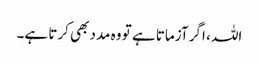
اللہ ، اگر آزماتا ہے تو وہ مدد بھی کرتا ہے۔